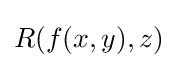
R(f(x,y),z)